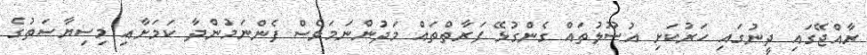
ރާއްޖޭގައި ދީނުގައި ހަރުކަށި އުސޫލުތައް ގެންގުޅޭ ފަރާތްތައް މަދުންނަމަވެސް ފެންނަމުންދާ ކަމަށާއި މިސިޔާސަތުގެ